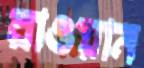
রাওয়ান